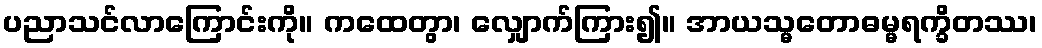
ပညာသင်လာကြောင်းကို။ ကထေတွာ၊ လျှောက်ကြား၍။ အာယသ္မတောဓမ္မရက္ခိတဿ၊